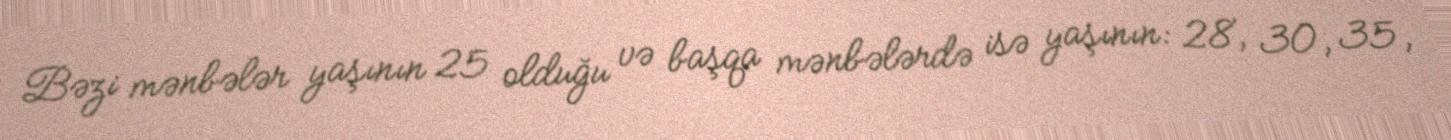
Bəzi mənbələr yaşının 25 olduğu və başqa mənbələrdə isə yaşının: 28, 30, 35,